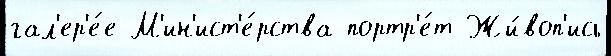
гал'ер'е́е М'ин'ист'е́рства портр'е́т Жи́воп'ись